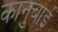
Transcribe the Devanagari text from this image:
कानुबाई